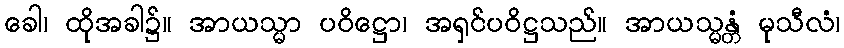
ခေါ၊ ထိုအခါ၌။ အာယသ္မာ ပဝိဋ္ဌော၊ အရှင်ပဝိဋ္ဌသည်။ အာယသ္မန္တံ မုသီလံ၊